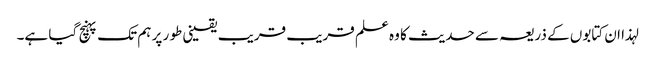
لہذا ان کتابوں کے ذریعہ سے حدیث کا وہ علم قریب قریب یقینی طو ر پر ہم تک پہنچ گیا ہے۔